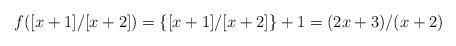
\begin{align*} f([x+1]/[x+2])=\{[x+1]/[x+2]\}+1=(2x+3)/(x+2) \end{align*}